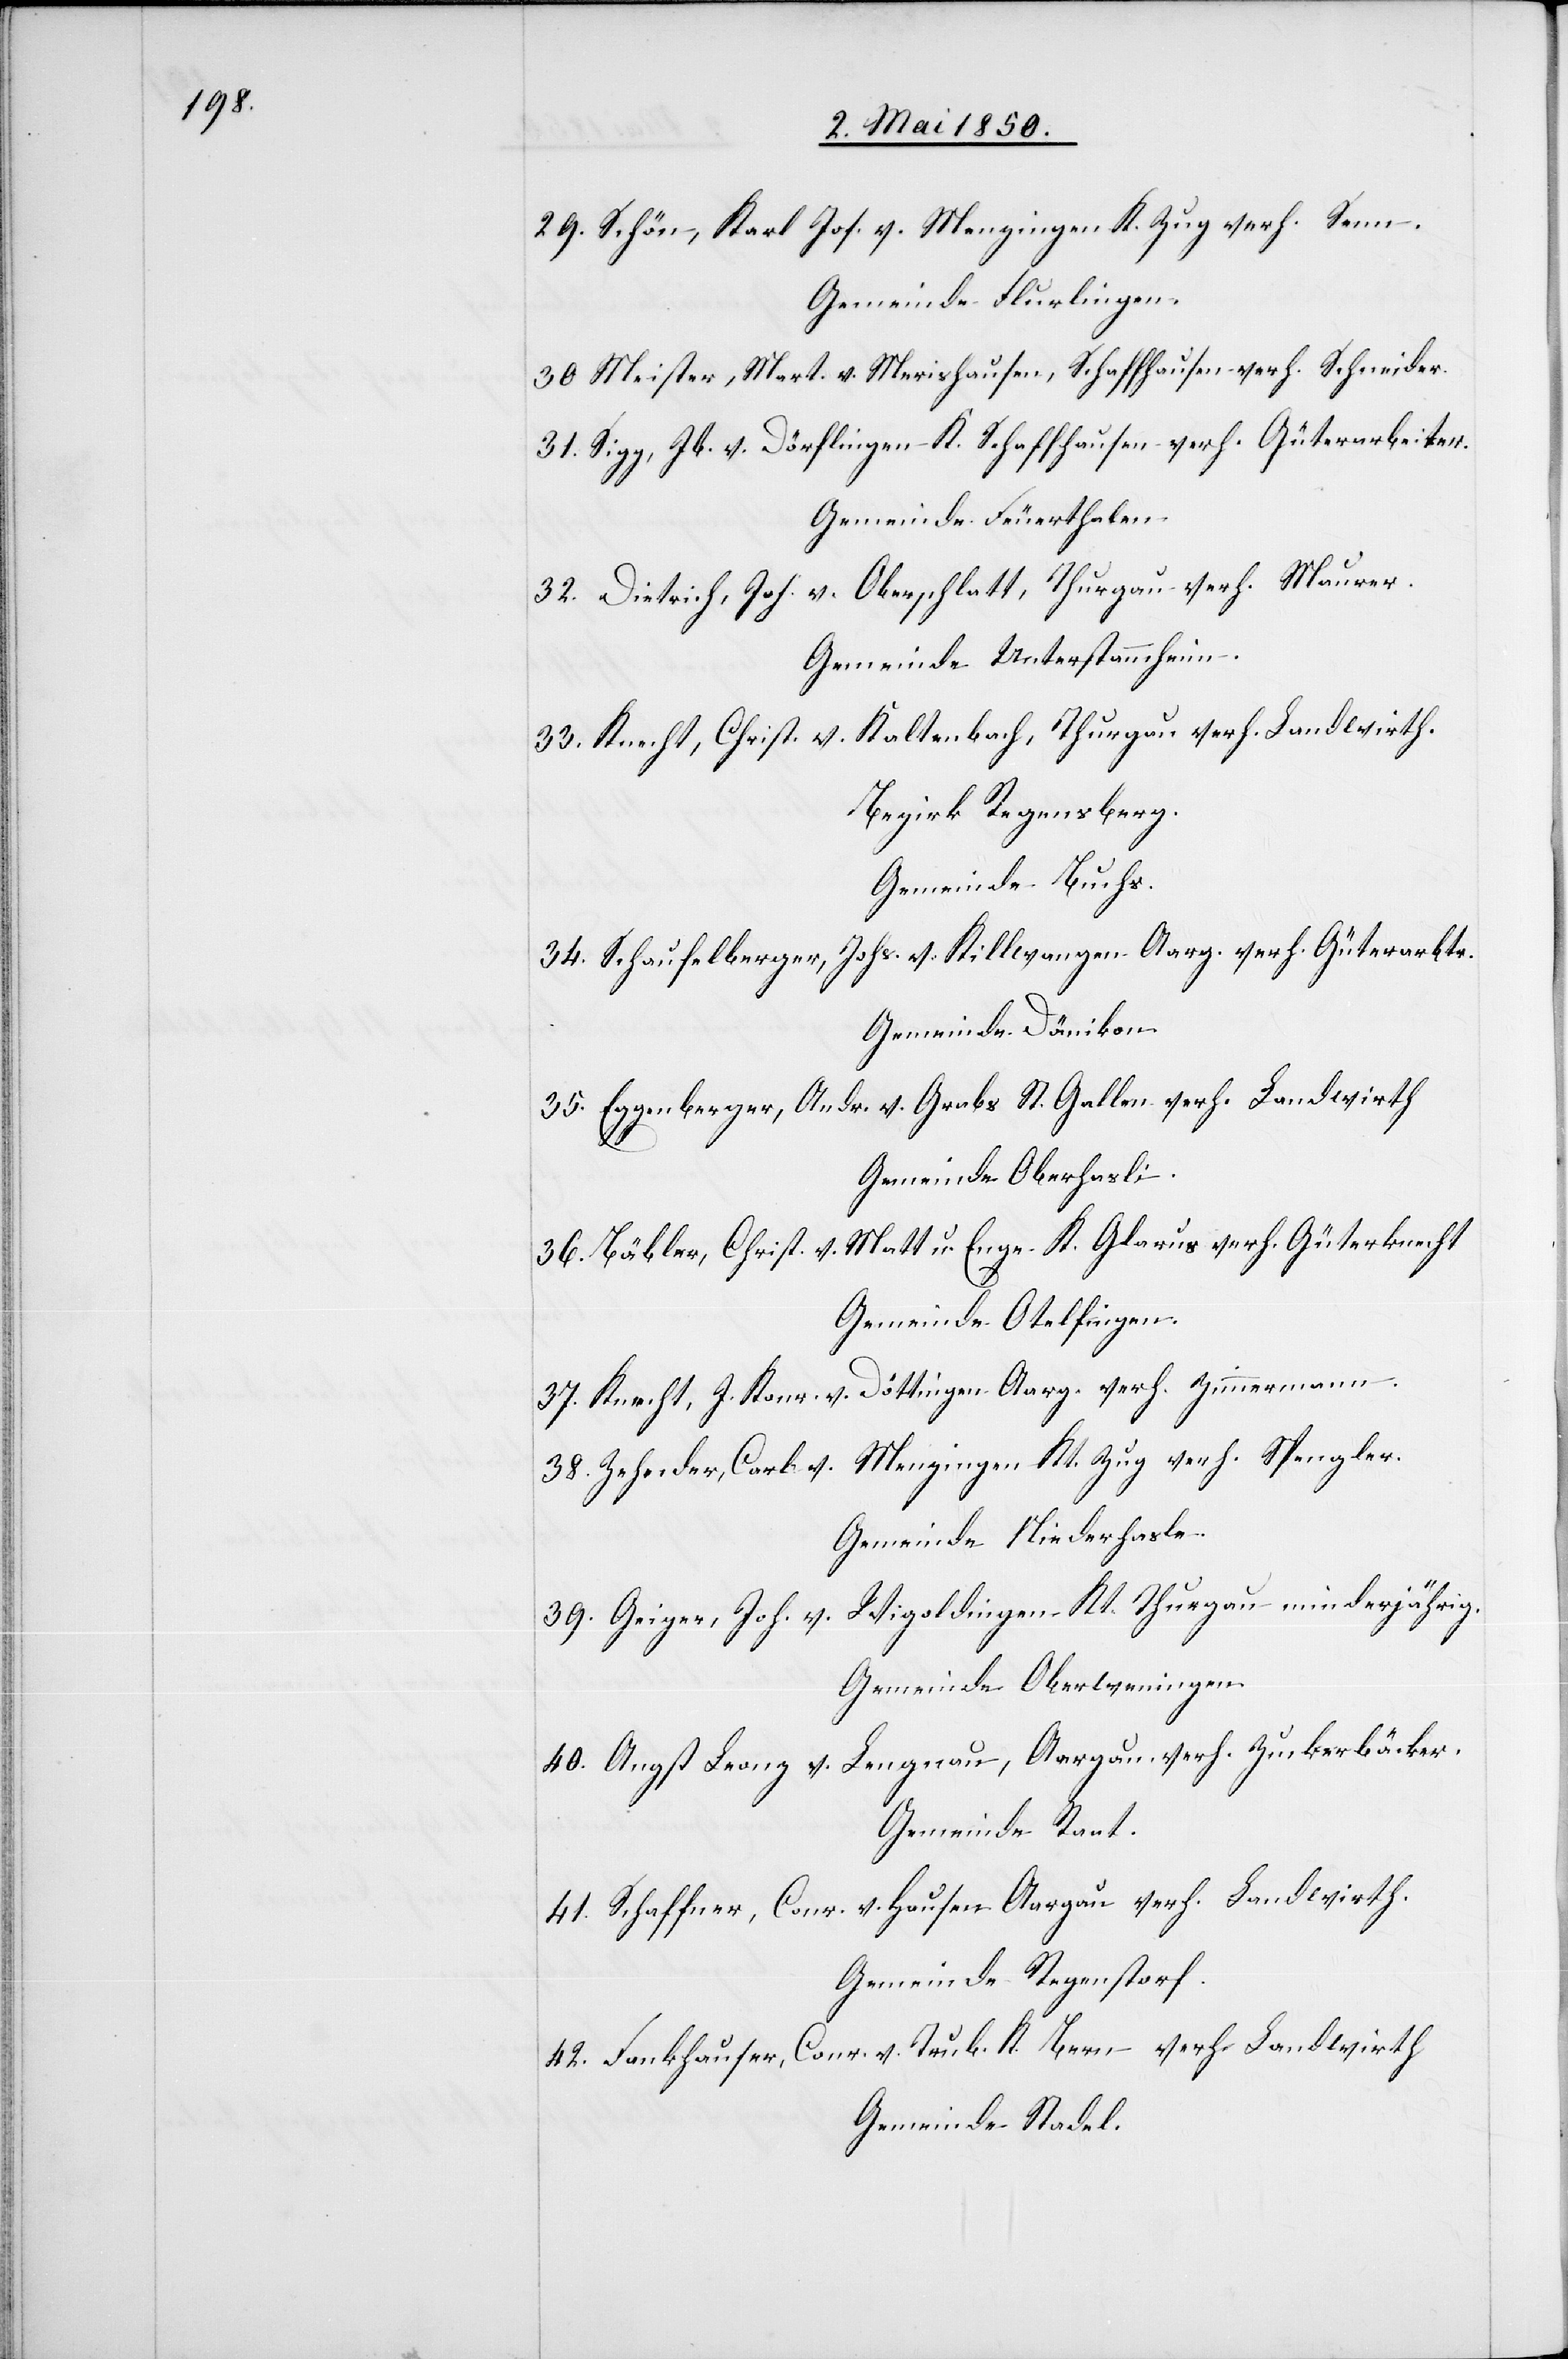
29. Schön, Karl Jos. v. Menzingen K. Zug verh. Senn.
Gemeinde Flurlingen.
30 Meister, Mart. v. Merishausen, Schaffhausen verh. Schneider.
31. Sigg, Jb. v. Dörflingen K. Schaffhausen verh. Güterarbeiter.
Gemeinde Feuerthalen.
32. Dietrich, Joh. v. Oberschlatt, Thurgau verh. Maurer.
Gemeinde Unterstammheim.
33. Knecht, Christ. v. Kaltenbach, Thurgau verh. Landwirth.
Bezirk Regensberg.
Gemeinde Buchs.
34. Schaufelberger, Johs. v. Killwangen Aarg. verh. Güterarbtr.
Gemeinde Dänikon.
35. Eggenberger, Andr. v. Grabs St. Gallen verh. Landwirth
Gemeinde Oberhasli.
36. Bäbler, Christ. v. Matt u. Enge K. Glarus verh Güterknecht
Gemeinde Otelfingen.
37. Knecht, J. Konr. v. Döttingen Aarg. verh. Zimmermann.
38. Zehnder, Carl v. Menzingen Kt. Zug verh. Spengler.
Gemeinde Niederhasle.
39. Geiger, Joh. v. Wigoldingen Kt. Thurgau minderjährig.
Gemeinde Oberweningen.
40. Angst Leonz v. Lengnau, Aargau. verh. Zuckerbäcker.
Gemeinde Raat.
41. Schaffner, Conr. v. Hausen Aargau verh. Landwirth.
Gemeinde Regenstorf.
42. Fankhauser, Conr. v. Trub K. Bern verh. Landwirth
Gemeinde Stadel.